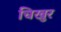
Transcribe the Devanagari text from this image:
चिखुर